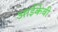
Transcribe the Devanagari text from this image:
आईकेबी